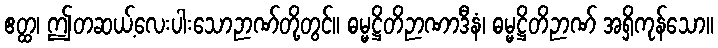
ဧတ္ထ၊ ဤတဆယ့်လေးပါးသောဉာဏ်တို့တွင်။ ဓမ္မဋ္ဌိတိဉာဏာဒီနံ၊ ဓမ္မဋ္ဌိတိဉာဏ် အရှိကုန်သော။